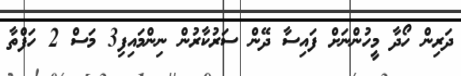
ދަރިން ހޯދާ މީހުންނަށް ފައިސާ ދޭން ސަރުކާރުން ނިންމައިފި3 މަސް 2 ހަފްތާ